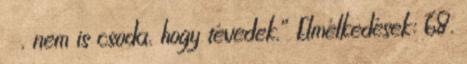
, nem is csoda, hogy tévedek.” Elmélkedések: 68.